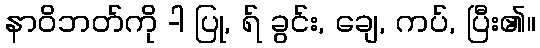
နာဝိဘတ်ကို -ါ ပြု, ရ် ခွင်း, ချေ, ကပ်, ပြီး၏။